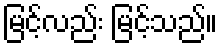
မြင့်လည်း မြင့်သည်။